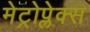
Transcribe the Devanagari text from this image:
मेट्रोप्लेक्स